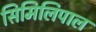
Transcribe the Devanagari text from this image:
सिमिलिपाल